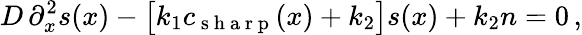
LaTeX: D\, \partial_{x}^{2}s(x)-\bigl[k_{1}c_{\mathrm{~s~h~a~r~p~}}(x)+k_{2}\bigr]s(x)+k_{2}n=0\, ,